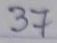
37